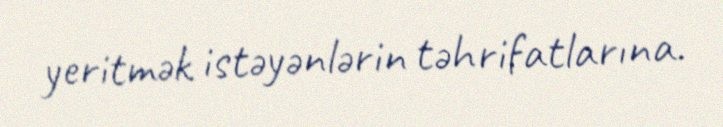
yeritmək istəyənlərin təhrifatlarına.